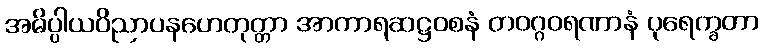
အဓိပ္ပါယဝိညာပနဟေတုတ္တာ အာကာရဆဋ္ဌဝစနံ တဝဂ္ဂဝရဏာနံ ပုရေက္ခတာ